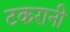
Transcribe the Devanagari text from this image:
टकरानी